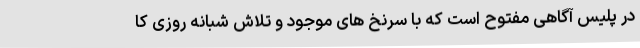
در پلیس آگاهی مفتوح است که با سرنخ های موجود و تلاش شبانه روزی کا